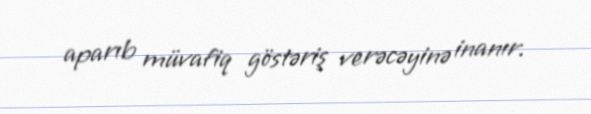
aparıb müvafiq göstəriş verəcəyinə inanır.